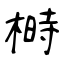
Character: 榯